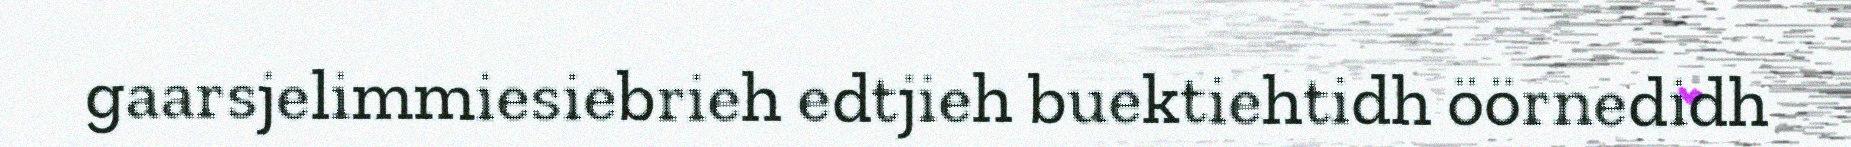
gaarsjelimmiesiebrieh edtjieh buektiehtidh öörnedidh